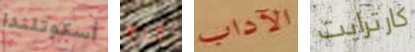
أسكوتلندا ورم الآداب كارترايت